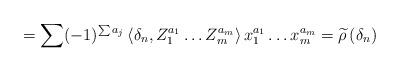
LaTeX: \begin{align*}= \sum (-1)^{\sum a_j} \, \langle \delta_n , Z_1^{a_1} \ldots Z_m^{a_m} \rangle \, x_1^{a_1} \ldots x_m^{a_m} = \widetilde{\rho} \, (\delta_n)\end{align*}